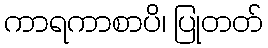
ကာရကာစာပိ၊ ပြုတတ်